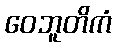
ဝေဘူတိကံ